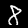
Label: 8